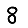
Digit: 8